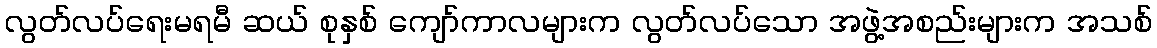
လွတ်လပ်ရေးမရမီ ဆယ် စုနှစ် ကျော်ကာလများက လွတ်လပ်သော အဖွဲ့အစည်းများက အသစ်